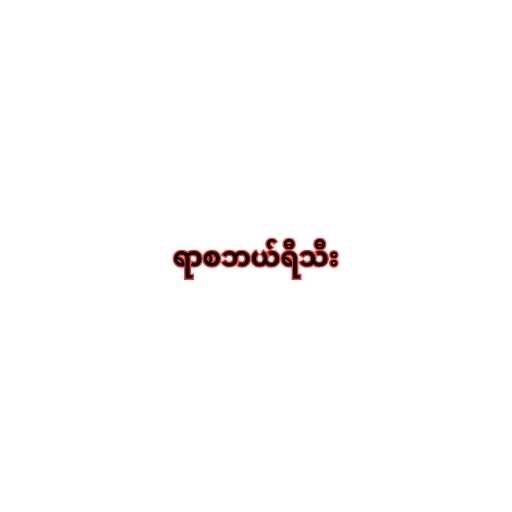
ရာစဘယ်ရီသီး